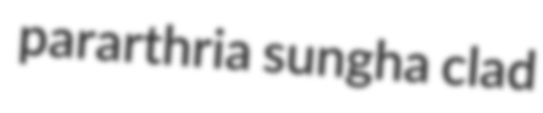
pararthria sungha clad